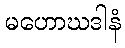
မဟောဃဒါနံ